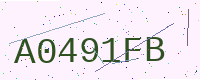
Text: A0491FB